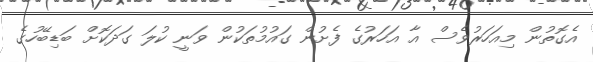
އެގޮތުން މިއަހަރުވެސް އާ އަހަރުގެ ފެށުން ގައުމުތަކުން ވަނީ ކުލަ ގަދަކޮށް ބަޑިބޭހުގެ